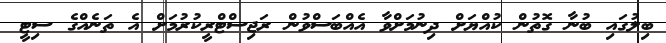
ބިލުގައި ބުނާ ގޮތުން ކުއްޔަށް ދިނުމަށްވާ އެއްބަސްވުން ރަޖިސްޓްރީކުރުމަށް އެ ތަނެއްގެ ސިޓީ